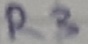
Text: R3